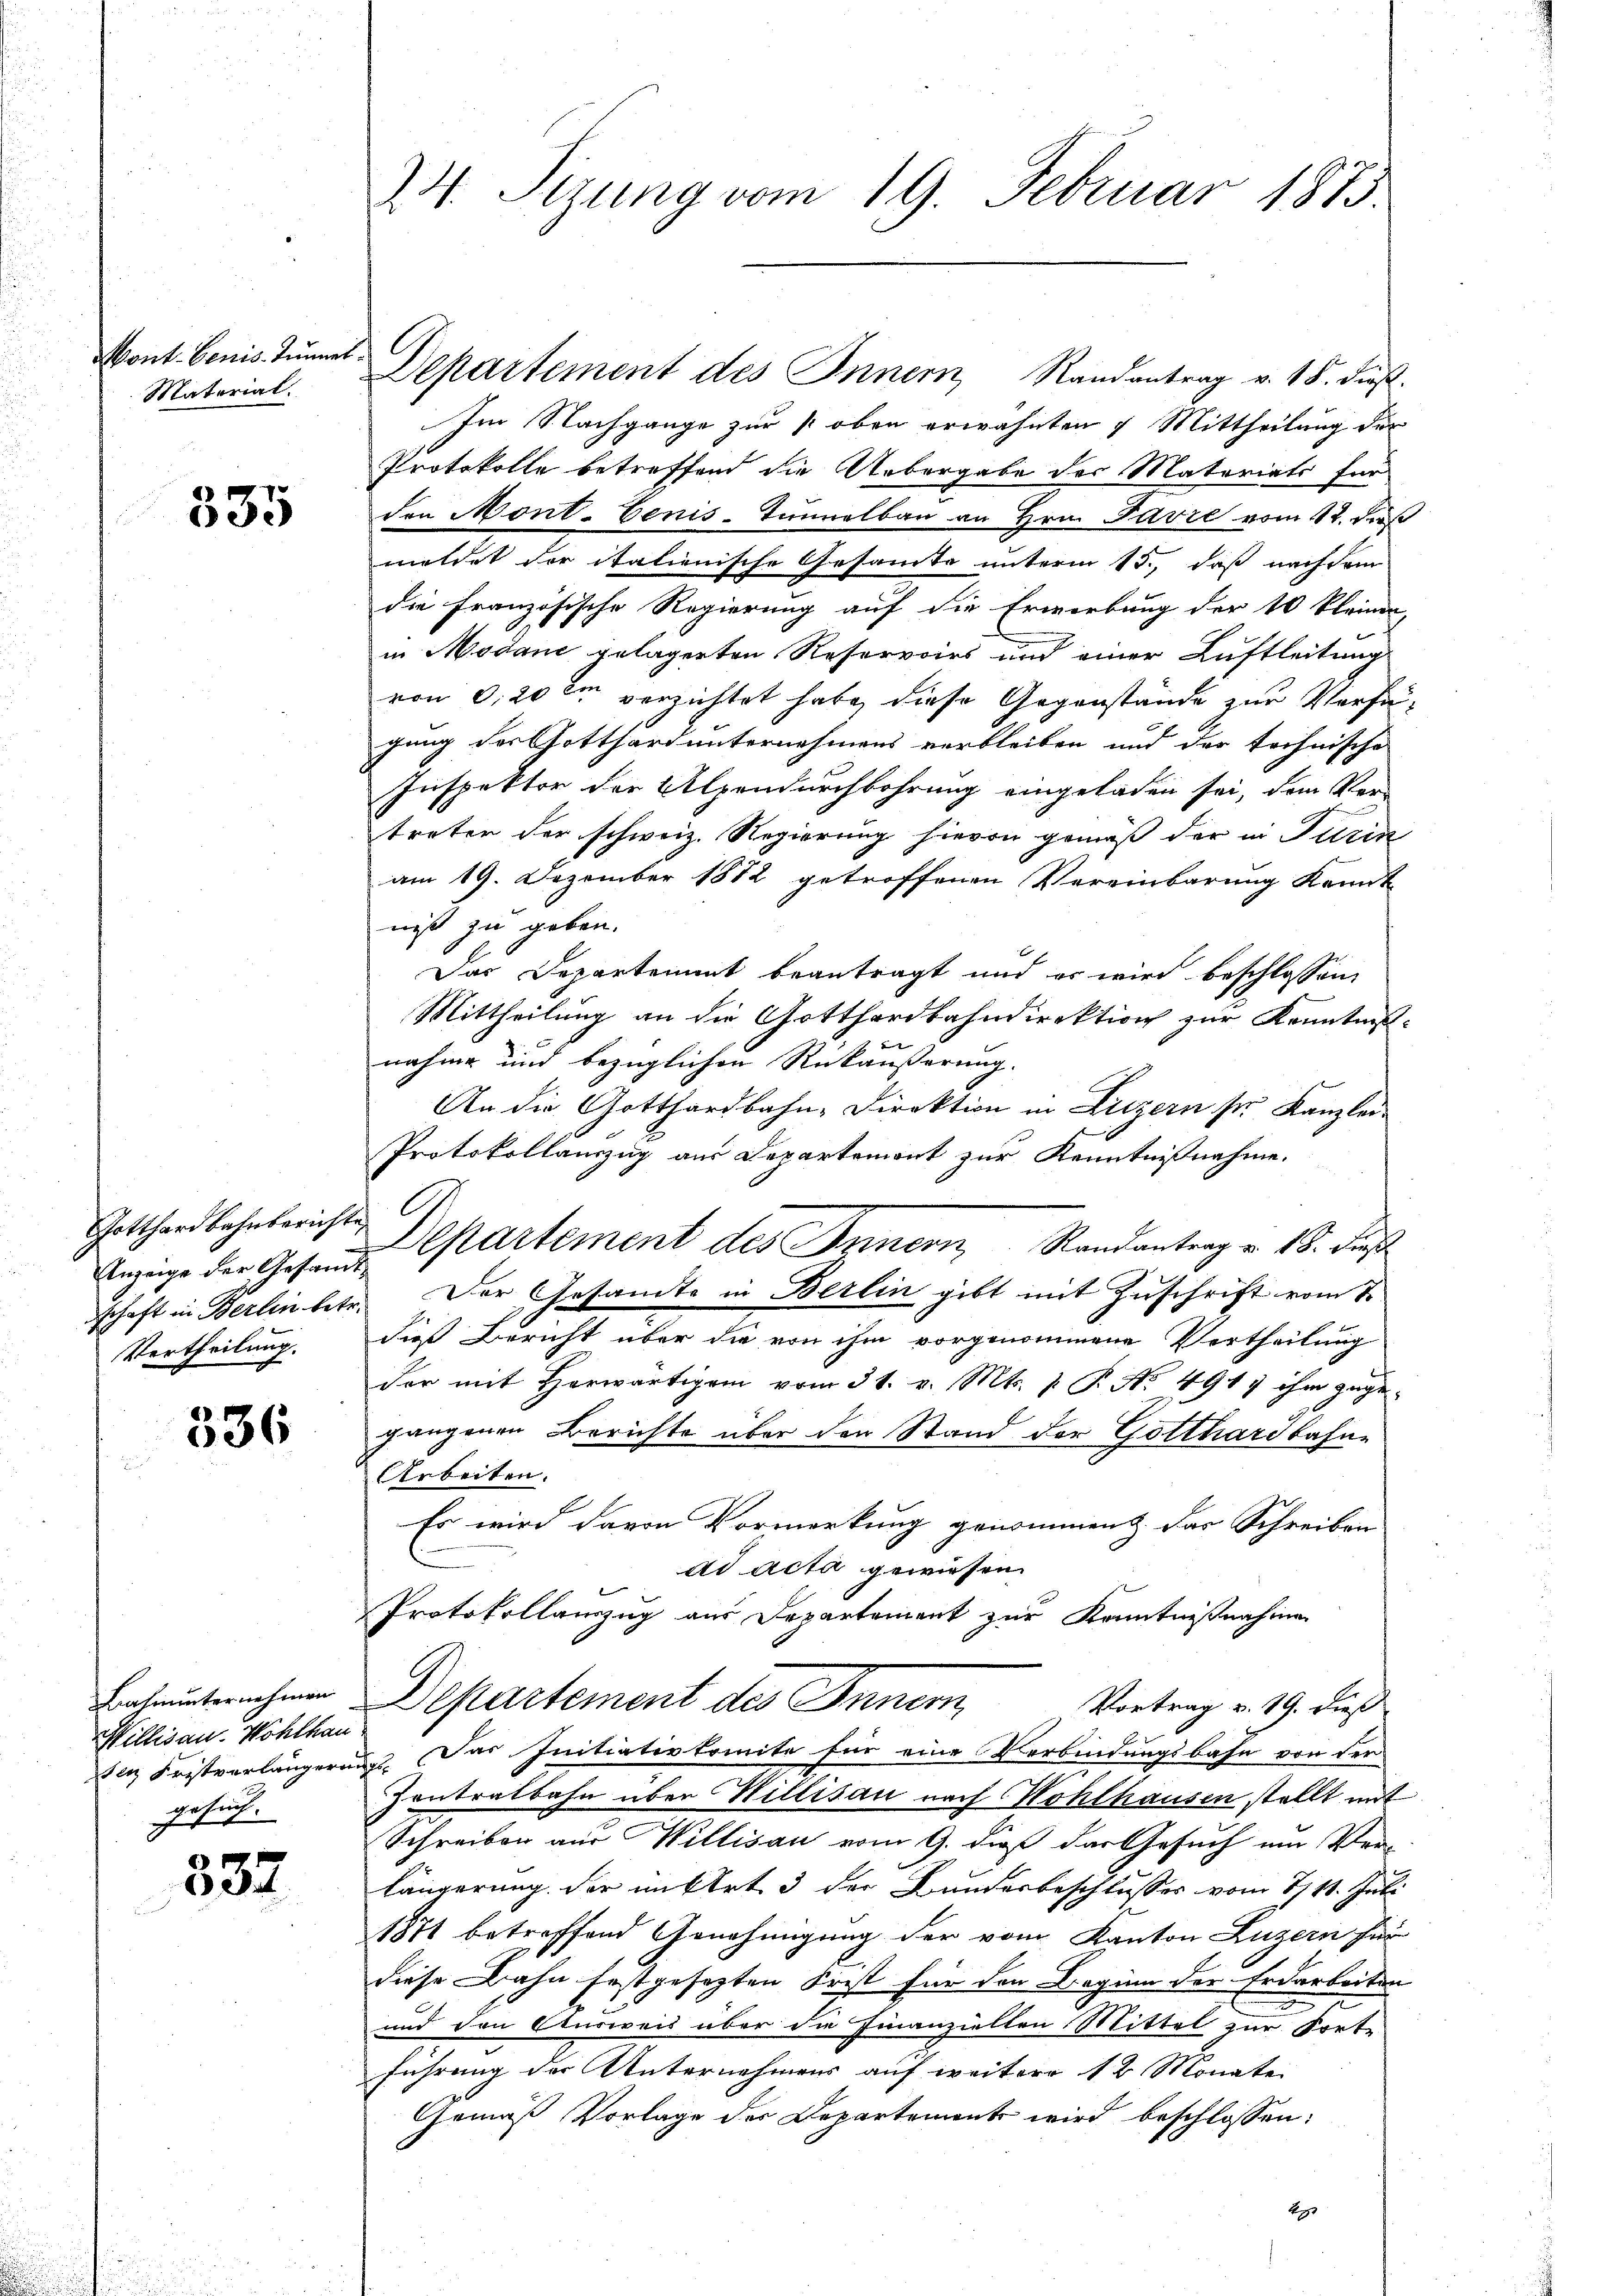
Mont. Benis Tunner
Material.

335

Gotthardbahnberichte,
Anzeige der Gesammtschaft in Berlin betr.
Vertheilung.

336

Bahnunternehmen
Millisau. Wohlhau
en Fristverlängern.
gersche

532

24. Sizung vom 19. Februar 1873

Im Nachgange zur oben erwähnten 9 Mittheilung der
Protokolle betreffend die Uebergabe des Matariats für
den Mont-Benis-Tunnelbau an Hrn. Favre vom 12. dieß
meldet der italienische Gesamte unterm 15., daß nachdem
die Französische Regierung auf die Erwerbung der 10 kleinen,
in Modane gelagerten Reservoirs und einer Luftleitung
von 0,20 im verzichtet habe, diese Gegenstände zur Verfügung der Gotthard unternehmens verbleiben und der technische
Inspektor der Alpendurchbohrung eingeladen sei, dem Ver-
treten der schweiz. Regierung hievon gemäß der in Turin
am 19. Dezember 1872 getroffenen Vereinbarung kannt
niß zu geben.
Das Departement beantragt und er wird beschlossen,
Mittheilung an die Gotthardbahndirektion zur Kenntnis
nahme und bezüglichen Rückäußerung.
An die Gotthardbahn-Direktion in Liezern sei Kanzlei-
Protokollauszug aus Departemont zur Kenntnißnahme.
Departement des Innern, Randantrag v. 18. Di
Der Gesamte in Berlin gibt mit Zuschrift vom 8.
dieß Bericht über die von ihm vorgenommene Vertheilung
der mit Herwärtigem vom 31. v. Mts. 1. P. No. 4917 ihm zugegangenen Berichte über den Stand der Gotthardbahne
Arbeiten.
Es wird davon Vormerkung genommen. Das Schreiben
ad acta gewiesen.
Protokollauszug aus Departement zur Kenntnißnahmen
Departement des Innern,
Vortrag v. 19. dieß
u. Das Initiativkomite für eine Verbindungsbahn von der
Iontralbahn über Willisau nach Hohlhausen stellt mit
Schreiben aus Willisau vom 9. dieß das Gesuch um Ver-
längerung der mittert 3 der Bundesbeschlusses vom 1711. Juli.
1871 betreffend Genehmigung der vom Kanton Luzern für
diese Bahn festgesezten Frist für den Beginn der Erdarbeiten
und den Sturweis über die Finanziellen Mittel zur Fort-
führung der Unternehmens auf weitere 12 Monate
Gemäß Vorlage der Departements wird beschlossen:
49

G.

Departement des Innern, Randantrag v. 18. dieß.